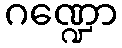
ဂဏ္ဍော